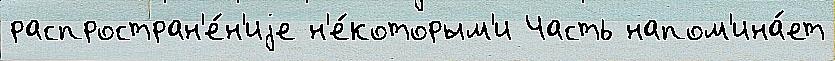
распростран'е́н'иjе н'е́которым'и Часть напом'ина́ет